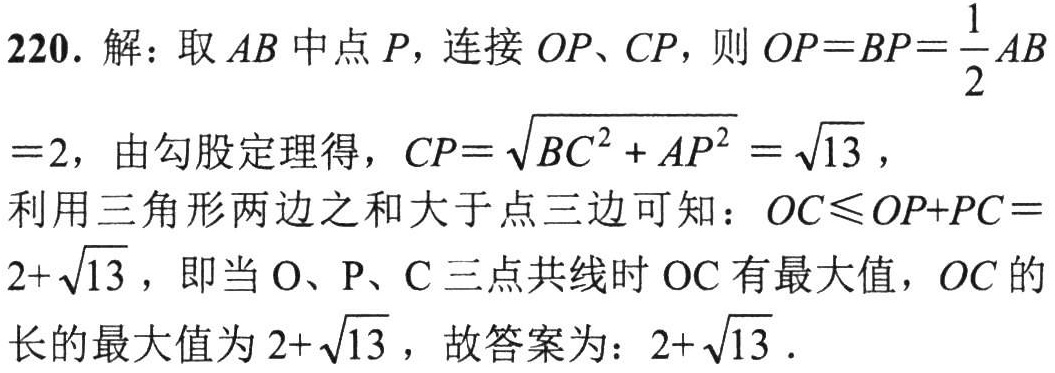
220. 解：取 \(AB\) 中点 \(P\)，连接 \(OP、CP\)，则 \(OP = BP=\frac{1}{2}AB\)
\(= 2\)，由勾股定理得，\(CP = \sqrt{BC^{2}+AP^{2}}=\sqrt{13}\)，
利用三角形两边之和大于第三边可知：\(OC\leqslant OP + PC = \)
\(2+\sqrt{13}\)，即当 \(O、P、C\) 三点共线时 \(OC\) 有最大值，\(OC\) 的
长的最大值为 \(2+\sqrt{13}\)，故答案为：\(2+\sqrt{13}\)．